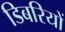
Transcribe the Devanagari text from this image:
डिबरियों